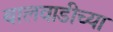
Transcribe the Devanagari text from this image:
बालवाडीच्या